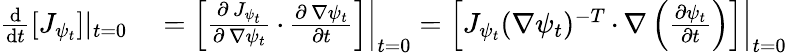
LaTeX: \begin{array}{rl}{\frac{\mathrm{d}}{\mathrm{d}t}\left[J_{\psi_{t}}\right]|_{t=0}}&{{}=\left.\left[\frac{\partial\, J_{\psi_{t}}}{\partial\, \nabla\psi_{t}}\, {\cdot}\, \frac{\partial\, \nabla\psi_{t}}{\partial t}\right]\right|_{t=0}=\left.\left[J_{\psi_{t}}(\nabla\psi_{t})^{-T}\, {\cdot}\, \nabla\left(\frac{\partial\psi_{t}}{\partial t}\right)\right]\right|_{t=0}}\end{array}